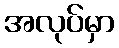
အလုပ်မှာ